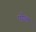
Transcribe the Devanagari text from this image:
पोख्त